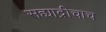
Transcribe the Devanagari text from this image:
सह्याद्रीचाच